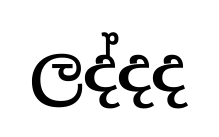
ලද්දද